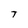
Character: T